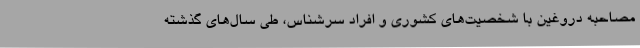
مصاحبه دروغین با شخصیت‌های کشوری و افراد سرشناس، طی سال‌های گذشته